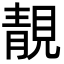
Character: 靚